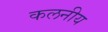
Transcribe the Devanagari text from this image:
कलनीय